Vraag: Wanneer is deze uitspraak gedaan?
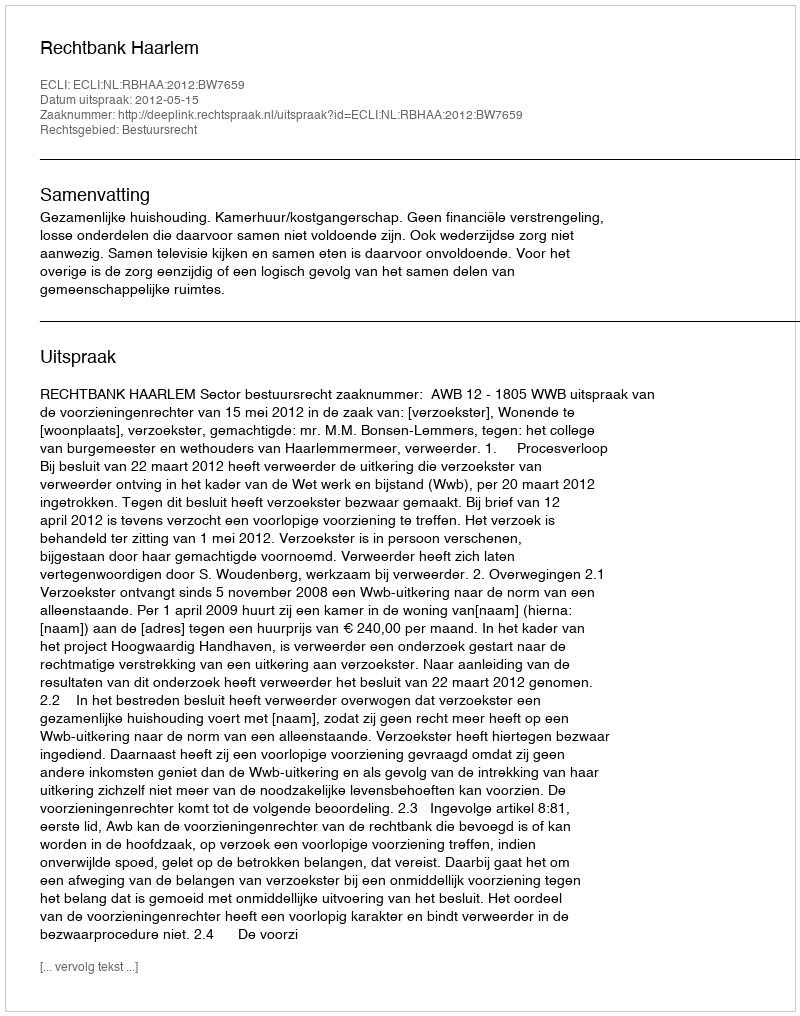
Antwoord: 2012-05-15